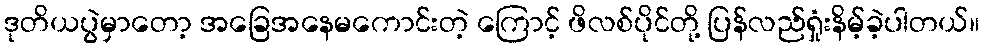
ဒုတိယပွဲမှာတော့ အခြေအနေမကောင်းတဲ့ ကြောင့် ဖိလစ်ပိုင်တို့ ပြန်လည်ရှုံးနိမ့်ခဲ့ပါတယ်။